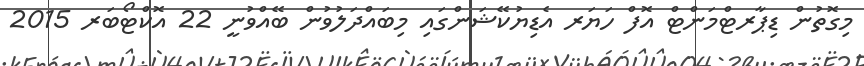
މިގޮތުން ޑިޕާރޓްމަންޓް އޮފް ހަޔަރ އެޑިޔުކޭޝަންގައި މިބައްދަލުވުން ބޭއްވުނީ 22 އޮކްޓޯބަރ 2015